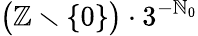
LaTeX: {\bigl(}\mathbb{Z}\smallsetminus\{ 0\} {\bigr)}\cdot 3^{-\mathbb{N}_{0}}